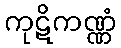
ကုဋိကဏ္ဏံ